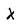
Character: X